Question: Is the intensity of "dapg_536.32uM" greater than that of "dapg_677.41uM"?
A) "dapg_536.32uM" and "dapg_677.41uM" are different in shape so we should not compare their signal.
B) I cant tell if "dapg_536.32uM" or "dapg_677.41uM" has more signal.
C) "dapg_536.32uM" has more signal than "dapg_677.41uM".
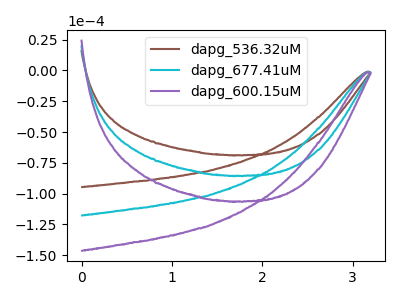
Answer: <think>The brown curve "dapg_536.32uM" has no peaks. The cyan curve "dapg_677.41uM" has no peaks. The purple curve "dapg_600.15uM" has no peaks.
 Neither "dapg_536.32uM" or "dapg_677.41uM" have any peaks.</think>
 <answer>B) I cant tell if "dapg_536.32uM" or "dapg_677.41uM" has more signal.</answer>
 <eval>B</eval>